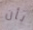
بأن